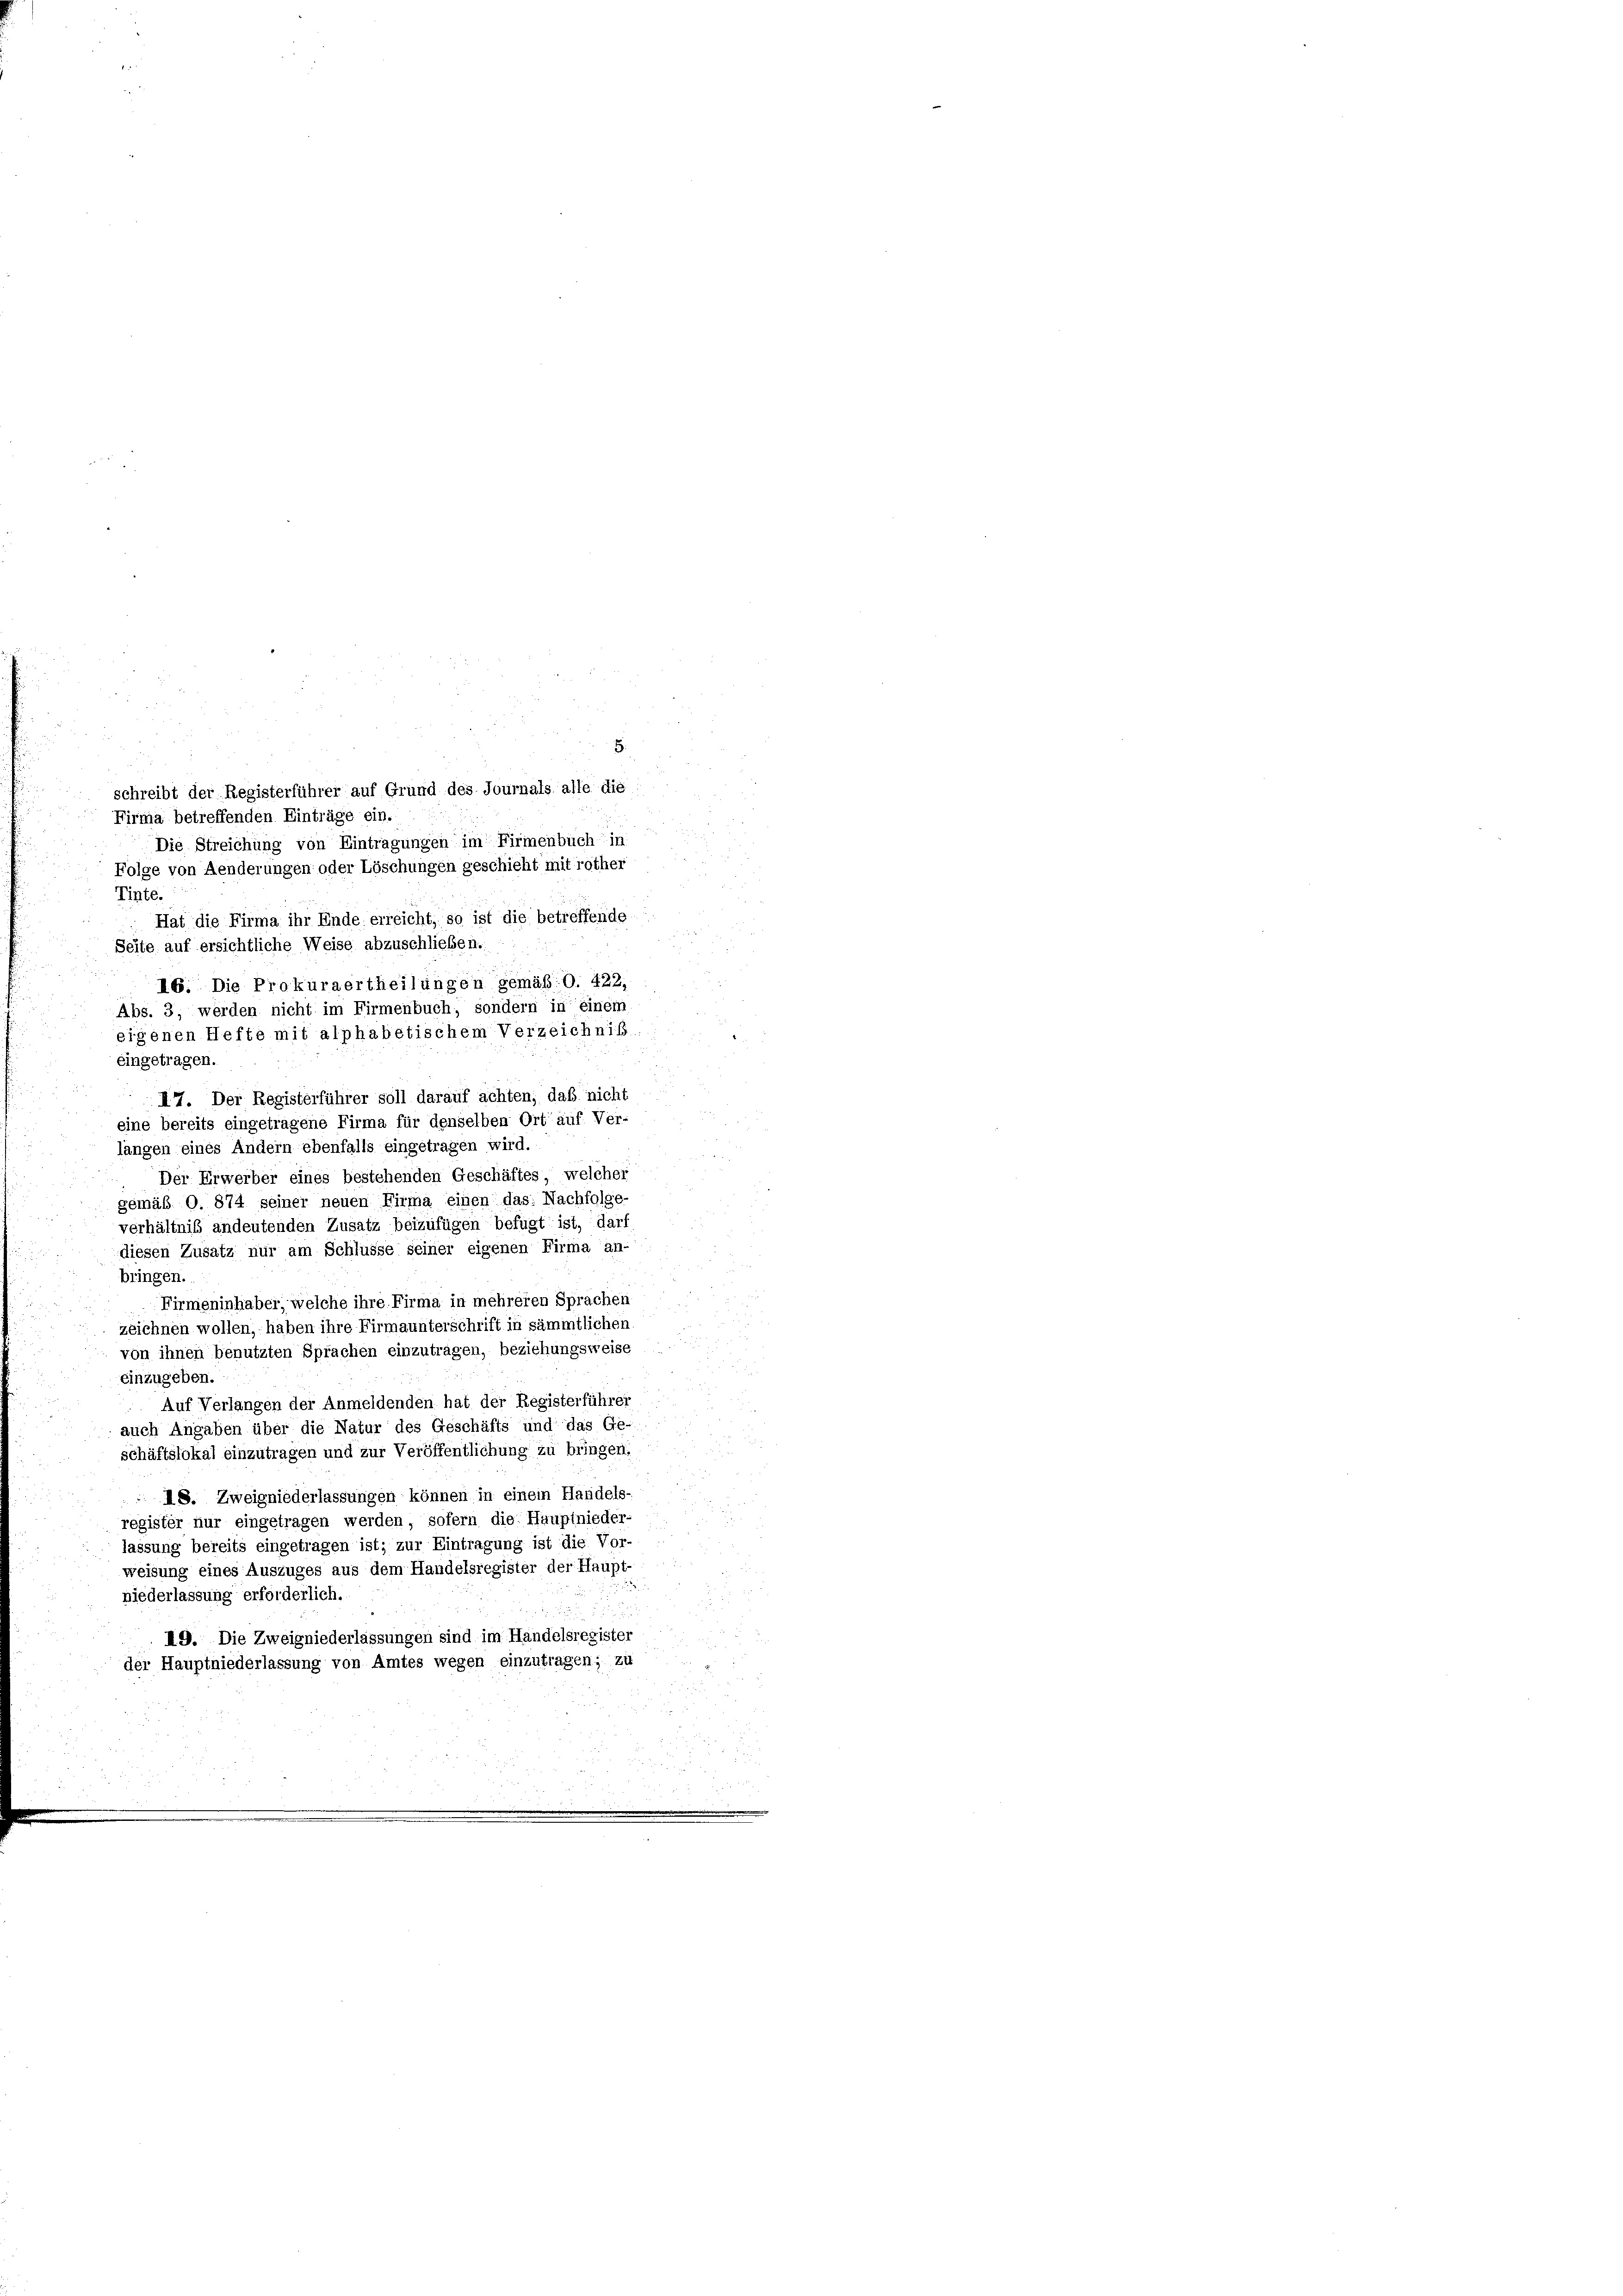
Seite auf ersichtliche Weise abzuschließen.

5.
schreibt der Registerführer auf Grund des Journals alle die
Firma betreffenden Einträge ein.
Die Streichung von Eintragungen im Firmenbuch in
Folge von Aenderungen oder Löschungen geschieht mit rother
Tinte.
Hat die Firma ihr Ende erreicht, so ist die betreffende
16. Die Prokuraertheilungen gemäß O. 422.
Abs. 3, werden nicht im Firmenbuch, sondern in einem
eigenen Hefte mit alphabetischem Verzeichniß
eingetragen.
II7. Der Registerführer soll darauf achten, daß nicht
eine bereits eingetragene Firma für denselben Ort auf Ver-
längen eines Andern ebenfalls eingetragen wird.
Der Erwerber eines bestehenden Geschäftes, welcher
gemäß O. 874 seiner neuen Firma einen das: Nachfolge-
verhältniß andeutenden Zusatz beizufügen befugt ist, darf
diesen Zusatz nur am Schlüsse seiner eigenen Firma an-
bringen.
Firmeninhaber, welche ihre Firma in mehreren Sprachen
zeichnen wollen, haben ihre Firmaunterschrift in sämmtlichen
von ihnen benutzten Sprachen einzutragen, beziehungsweise
einzugeben.
Auf Verlangen der Anmeldenden hat der Registerführer
auch Angaben über die Natur des Geschäfts und das Ge-
schäftslokal einzutragen und zur Veröffentlichung zu bringen.
 18. Zweigniederlassungen können in einem Handels-
register nur eingetragen werden, sofern die Hauptnieder-
lassung bereits eingetragen ist; zur Eintragung ist die Vor-
weisung eines Auszuges aus dem Handelsregister der Haupt-
niederlassung erforderlich.
19. Die Zweigniederlassungen sind im Handelsregister
der Hauptniederlassung von Amtes wegen einzutragen; zu